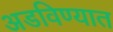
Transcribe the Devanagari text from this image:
अडविण्यात